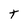
Character: t